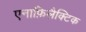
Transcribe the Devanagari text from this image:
एनाफ़िलैक्टिक